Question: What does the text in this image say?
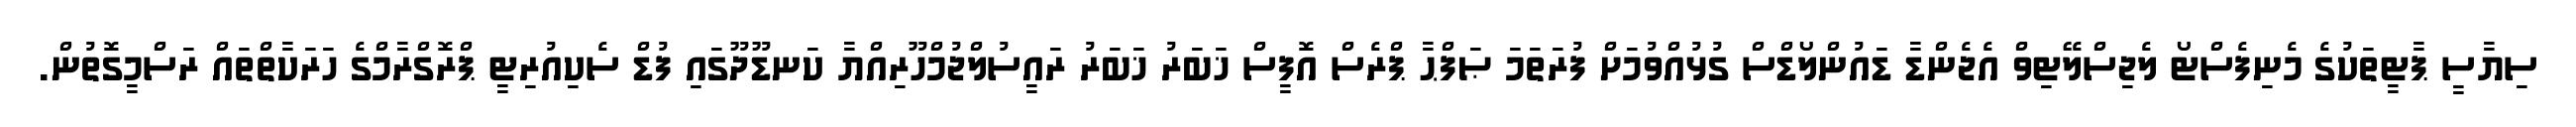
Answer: ސިޔާސީ ޕާޓީތަކުގެ މެނިފެސްޓޯ ލެޖިސްލޭޓިވް އެޖެންޑާ ޑައުންލޯޑްސް ގުޅުއްވުމަށް ފުރަތަމަ ޞަފްޙާ ޕްރެސް އޮފީސް ޚަބަރު ޚަބަރު ރައީސުލްޖުމްހޫރިއްޔާ ކަނޑޫދޫގައި ފުޑް ސެކިއުރިޓީ ޕްރޮގްރާމްގެ ހަރަކާތްތައް ރަސްމީގޮތުން.